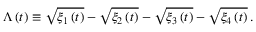
\Lambda \left( t \right) \equiv \sqrt { \xi _ { 1 } \left( t \right) } - \sqrt { \xi _ { 2 } \left( t \right) } - \sqrt { \xi _ { 3 } \left( t \right) } - \sqrt { \xi _ { 4 } \left( t \right) } \, .